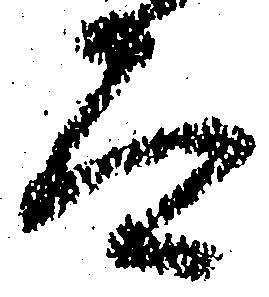
而